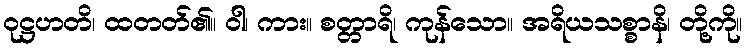
ဝုဋ္ဌဟတိ၊ ထတတ်၏။ ဝါ၊ ကား။ စတ္တာရိ၊ ကုန်သော။ အရိယသစ္စာနိ၊ တို့ကို။